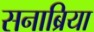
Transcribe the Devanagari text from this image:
सनाब्रिया